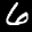
Label: 6